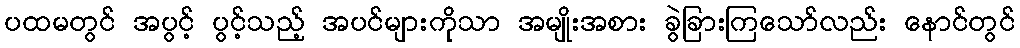
ပထမတွင် အပွင့် ပွင့်သည့် အပင်များကိုသာ အမျိုးအစား ခွဲခြားကြသော်လည်း နောင်တွင်